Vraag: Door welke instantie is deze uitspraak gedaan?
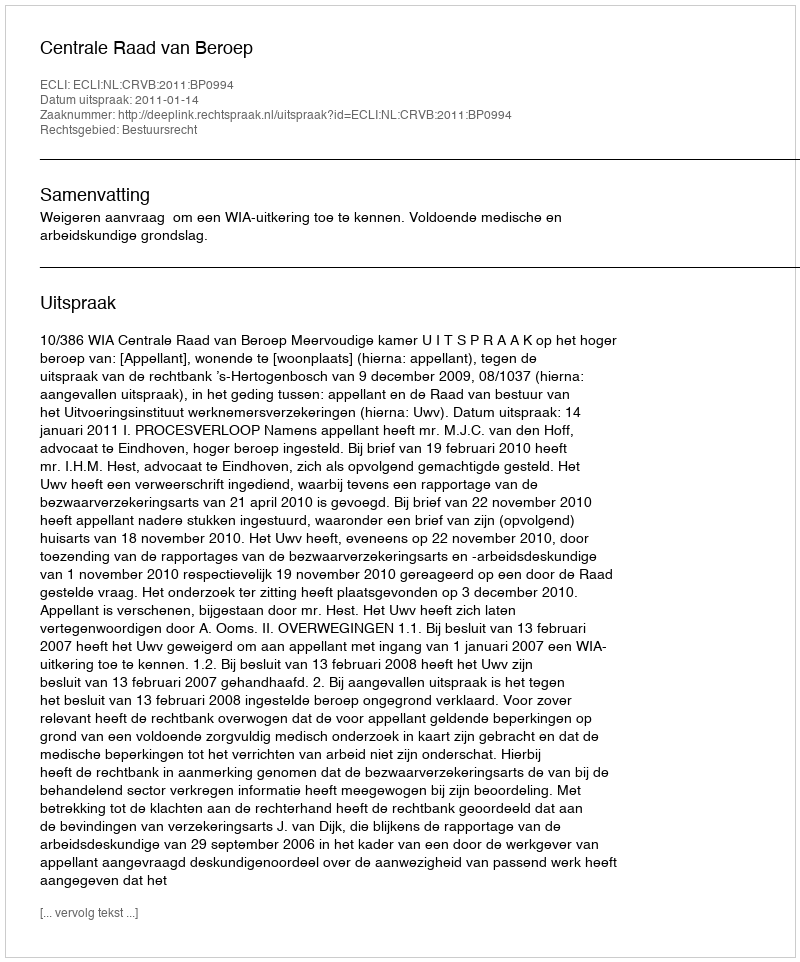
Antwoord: Centrale Raad van Beroep